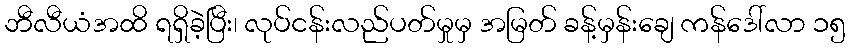
ဘီလီယံအထိ ရရှိခဲ့ပြီး၊ လုပ်ငန်းလည်ပတ်မှုမှ အမြတ် ခန့်မှန်းချေ ကန်ဒေါ်လာ ၁၅